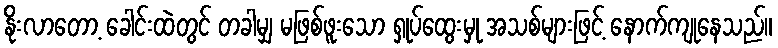
နိုးလာတော့ ခေါင်းထဲတွင် တခါမျှ မဖြစ်ဖူးသော ရှုပ်ထွေးမှု အသစ်များဖြင့် နောက်ကျုနေသည်။